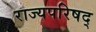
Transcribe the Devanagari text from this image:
राज्यपरिषद्